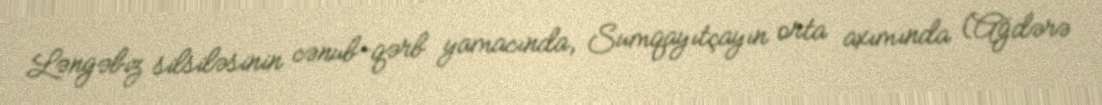
Ləngəbiz silsiləsinin cənub-qərb yamacında, Sumqayıtçayın orta axımında (Ağdərə